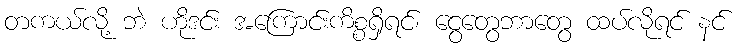
တကယ်လို့ ဘဲ ဟိုဒင်း အကြောင်းကိစ္စရှိရင်၊ ငွေတွေဘာတွေ ထပ်လိုရင် နင်